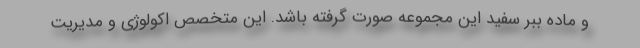
و ماده ببر سفید این مجموعه صورت گرفته باشد. این متخصص اکولوژی و مدیریت